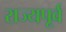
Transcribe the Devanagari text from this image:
राज्यपूर्व